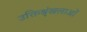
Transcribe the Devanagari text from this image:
उक्तिश्रृंखलाओं